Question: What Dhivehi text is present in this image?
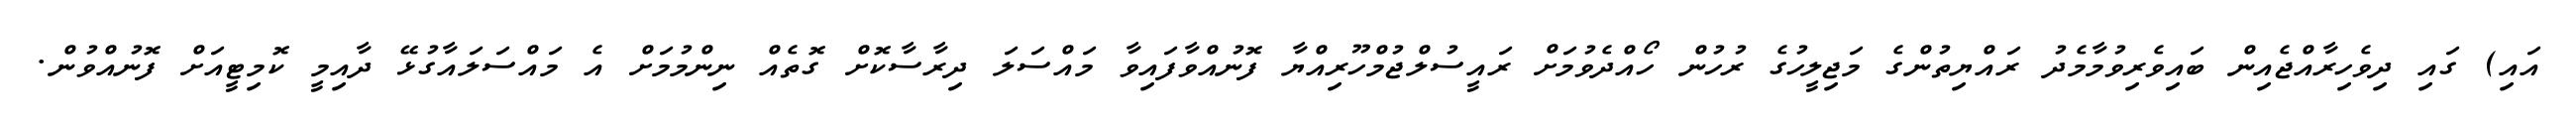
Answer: އައި) ގައި ދިވެހިރާއްޖެއިން ބައިވެރިވުމާމެދު ރައްޔިތުންގެ މަޖިލީހުގެ ރުހުން ހޯއްދެވުމަށް ރައީސުލްޖުމްހޫރިއްޔާ ފޮނުއްވާފައިވާ މައްސަލަ ދިރާސާކޮށް ގޮތެއް ނިންމުމަށް އެ މައްސަލައާގުޅޭ ދާއިމީ ކޮމިޓީއަށް ފޮނުއްވުން.